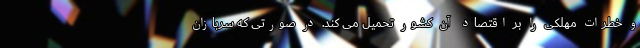
و خطرات مهلکی را بر اقتصاد آن کشور تحمیل می کند. در صورتی که سربازان